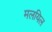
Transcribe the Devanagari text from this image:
मलयिल